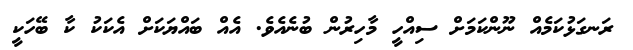
ރަނގަޅުކަމެއް ނޫންކަމަށް ސިއްހީ މާހިރުން ބުނެއެވެ. އެއް ބައްޔަކަށް އެކަކު ކާ ބޭހަކީ